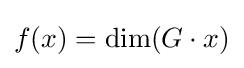
f(x)=\dim(G\cdot x)